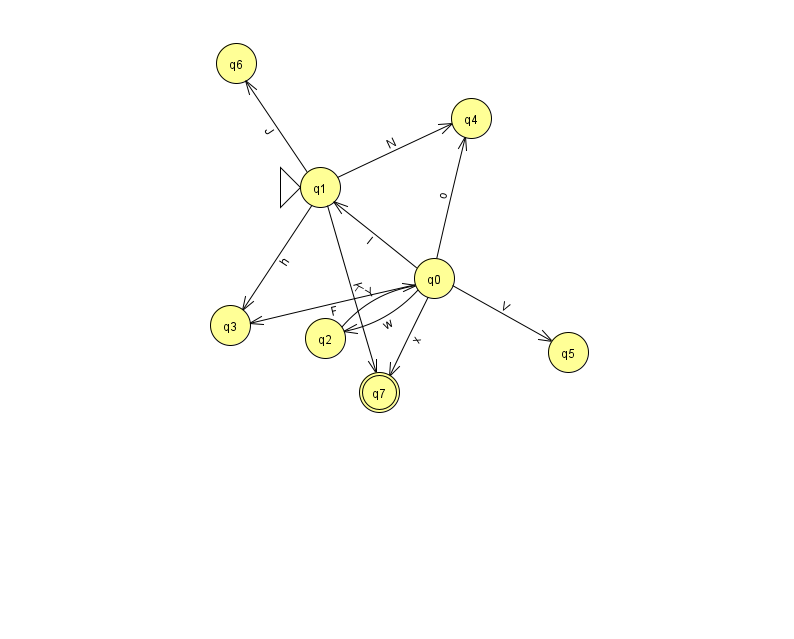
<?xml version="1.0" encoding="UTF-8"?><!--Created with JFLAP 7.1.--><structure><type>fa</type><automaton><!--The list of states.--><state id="0" name="q0"><x>434.0</x><y>265.0</y></state><state id="1" name="q1"><x>320.0</x><y>174.0</y><initial/></state><state id="2" name="q2"><x>325.0</x><y>325.0</y></state><state id="3" name="q3"><x>230.0</x><y>312.0</y></state><state id="4" name="q4"><x>471.0</x><y>105.0</y></state><state id="5" name="q5"><x>568.0</x><y>339.0</y></state><state id="6" name="q6"><x>236.0</x><y>50.0</y></state><state id="7" name="q7"><x>379.0</x><y>379.0</y><final/></state><!--The list of transitions.--><transition><from>0</from><to>3</to><read>F</read></transition><transition><from>1</from><to>4</to><read>N</read></transition><transition><from>2</from><to>0</to><read>Y</read></transition><transition><from>0</from><to>4</to><read>o</read></transition><transition><from>1</from><to>6</to><read>J</read></transition><transition><from>0</from><to>2</to><read>w</read></transition><transition><from>0</from><to>1</to><read>I</read></transition><transition><from>0</from><to>7</to><read>x</read></transition><transition><from>1</from><to>7</to><read>K</read></transition><transition><from>0</from><to>5</to><read>V</read></transition><transition><from>1</from><to>3</to><read>h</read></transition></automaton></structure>